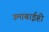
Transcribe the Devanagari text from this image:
उमाबाईही